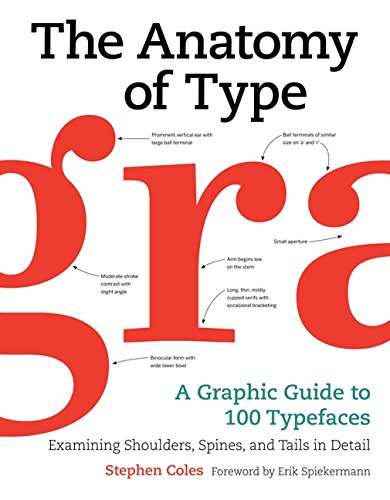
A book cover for The Anatomy of Type: A Graphic Guide to 100 Typefaces; Stephen Coles; Arts & Photography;